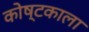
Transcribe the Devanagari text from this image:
कोष्टकाला